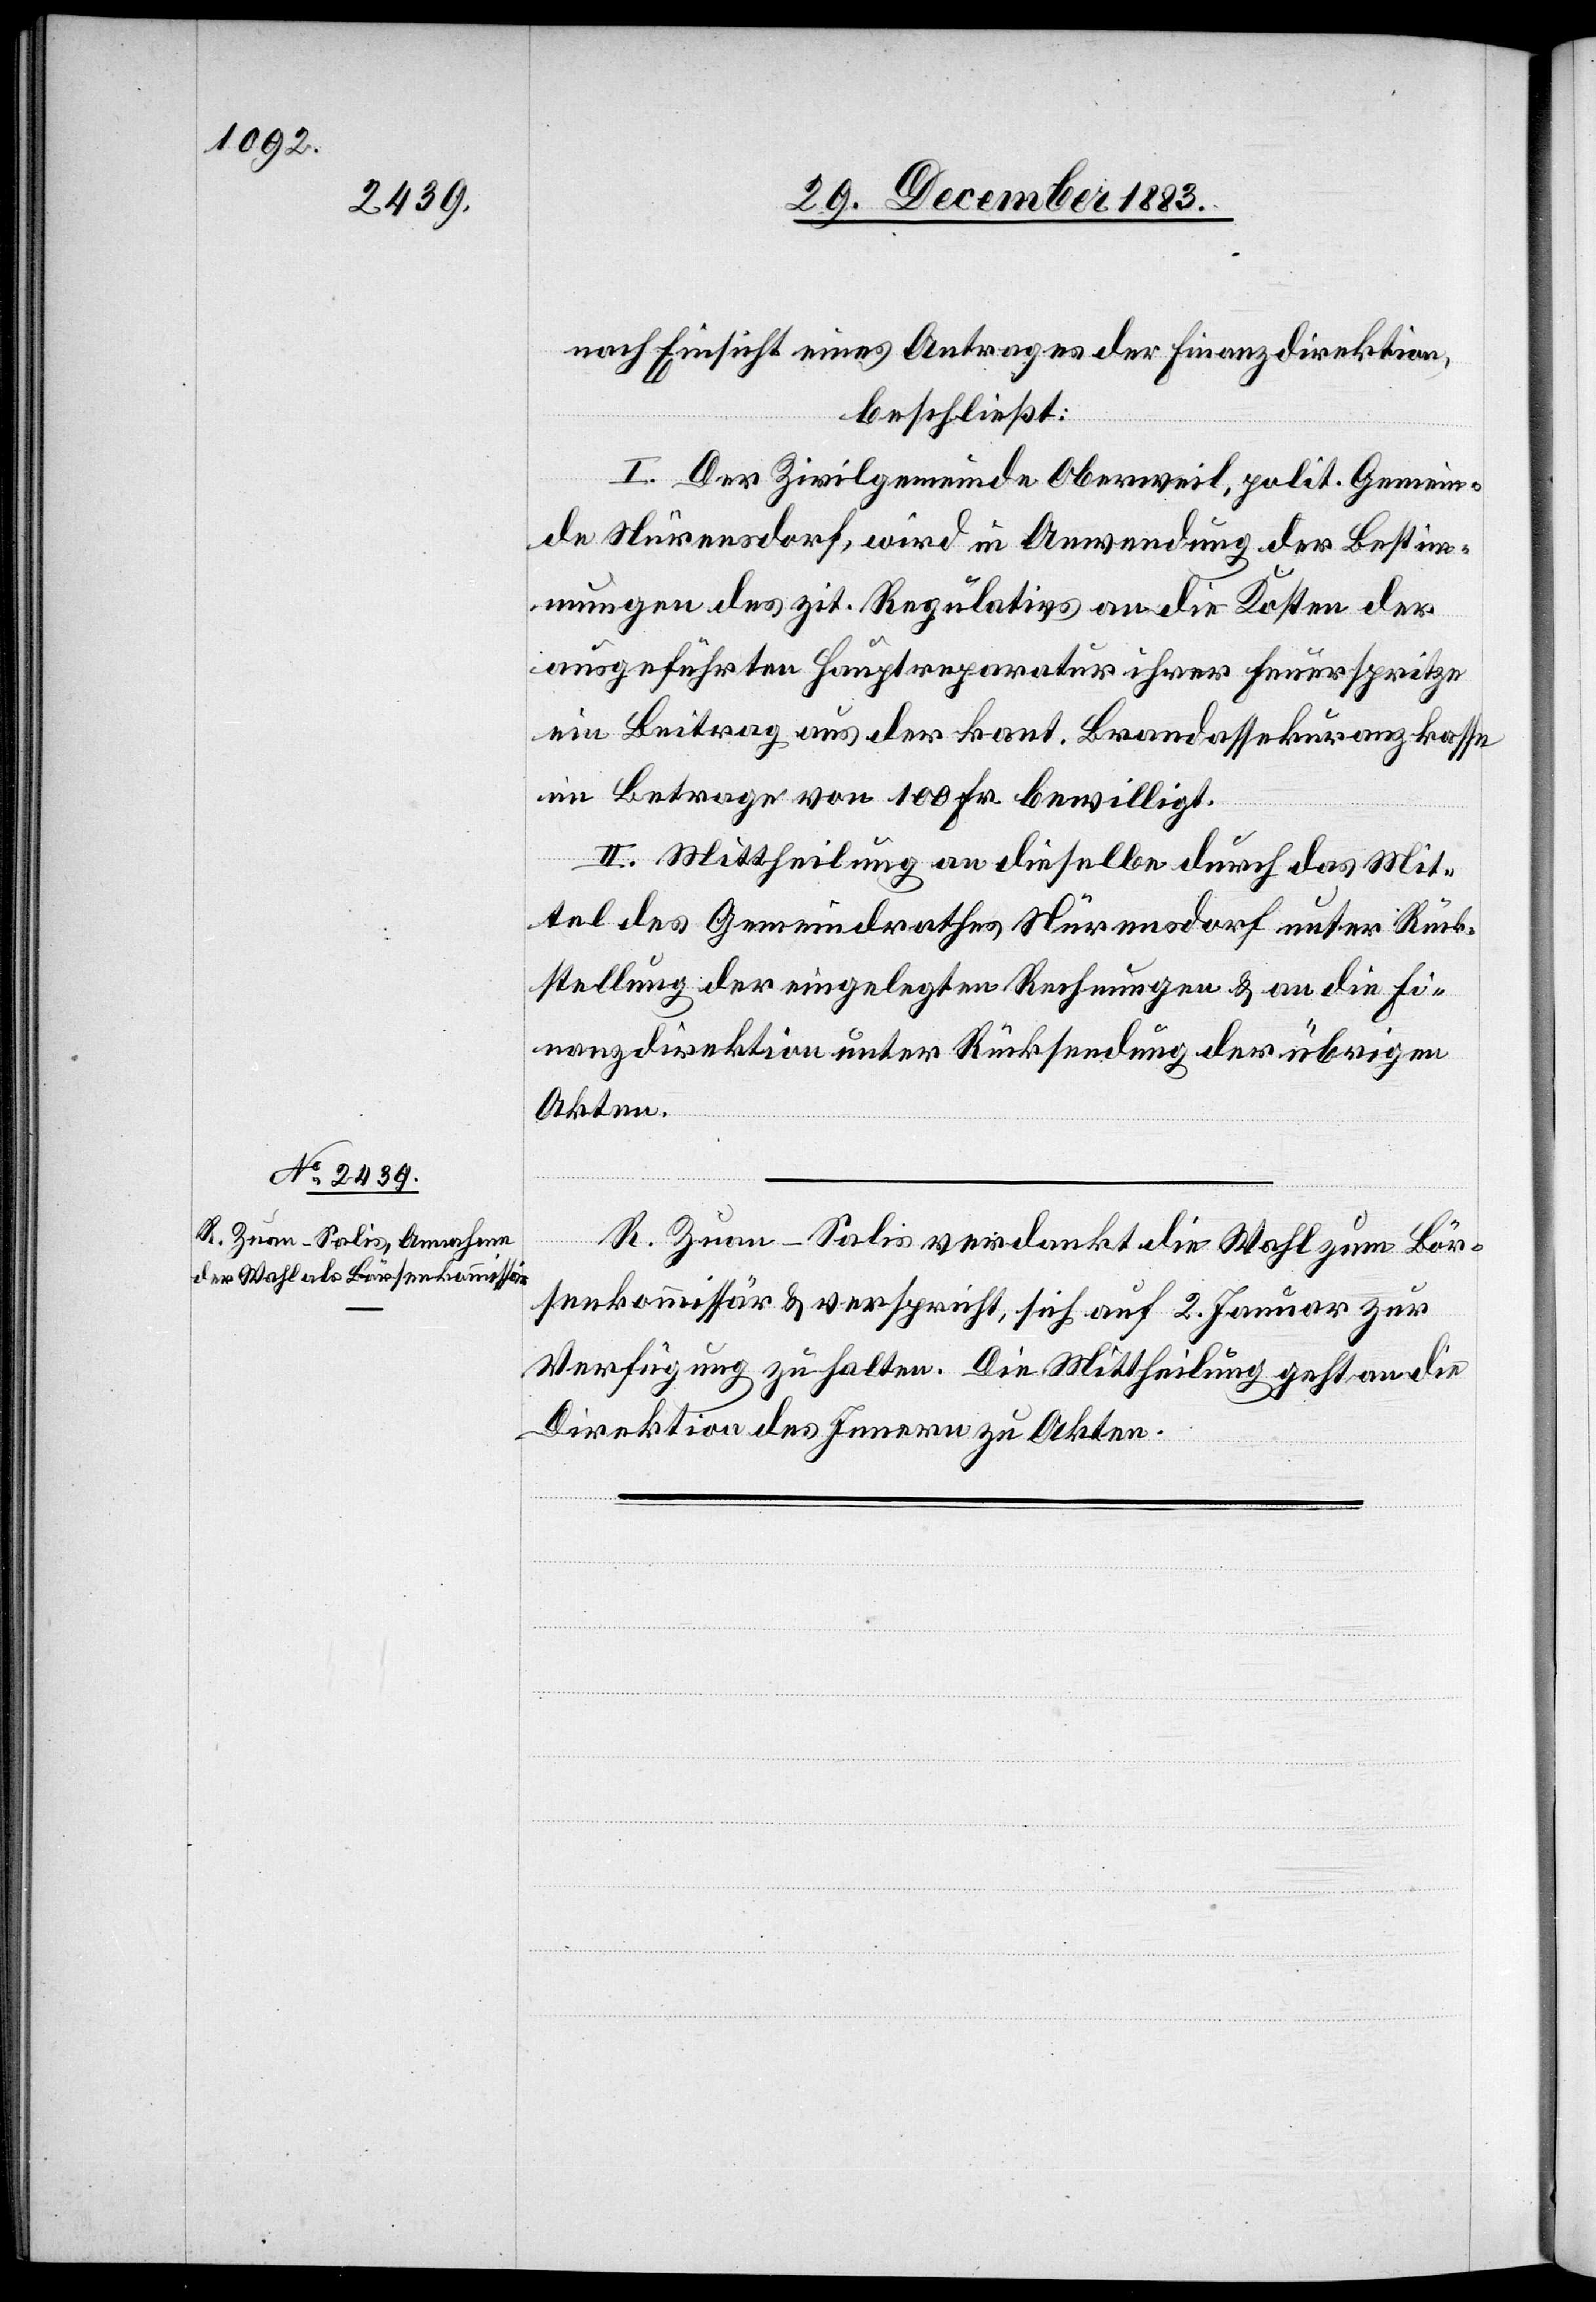
31. December 1883.]
nach Einsicht eines Antrages der Finanzdirektion,
beschließt:
I. Der Zivilgemeinde Oberweil, polit. Gemein¬
de Nürensdorf, wird in Anwendung der Bestim¬
mungen des zit. Regulativs an die Kosten der
ausgeführten Hauptreparatur ihrer Feuerspritze
ein Beitrag aus der kant. Brandassekuranzkasse
im Betrage von 100 Fr. bewilligt.
II. Mittheilung an dieselbe durch das Mit¬
tel des Gemeindrathes Nürensdorf unter Rück¬
stellung der eingelegten Rechnungen & an die Fi¬
nanzdirektion unter Rücksendung der übrigen
Akten.
R. Zuan-Salis verdankt die Wahl zum Bör¬
senkommissär & verspricht, sich auf 2. Januar zur
Verfügung zu halten. Die Mittheilung geht an die
Direktion des Innern zu Akten.